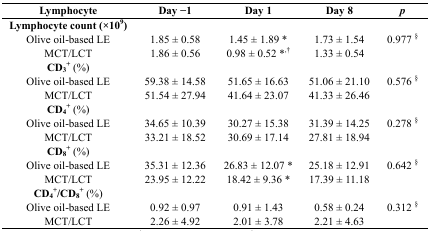
| Lymphocyte | Day −1 | Day 1 | Day 8 | p |
 | --- | --- | --- | --- | --- |
 | Lymphocyte count (×109) |  |  |  | <ROWSPAN=3> 0.977 § |
 | Olive oil-based LE | 1.85 ± 0.58 | 1.45 ± 1.89 * | 1.73 ± 1.54 |
 | MCT/LCT | 1.86 ± 0.56 | 0.98 ± 0.52 *,† | 1.33 ± 0.54 |
 | CD3+ (%) |  |  |  | <ROWSPAN=3> 0.576 § |
 | Olive oil-based LE | 59.38 ± 14.58 | 51.65 ± 16.63 | 51.06 ± 21.10 |
 | MCT/LCT | 51.54 ± 27.94 | 41.64 ± 23.07 | 41.33 ± 26.46 |
 | CD4+ (%) |  |  |  | <ROWSPAN=3> 0.278 § |
 | Olive oil-based LE | 34.65 ± 10.39 | 30.27 ± 15.38 | 31.39 ± 14.25 |
 | MCT/LCT | 33.21 ± 18.52 | 30.69 ± 17.14 | 27.81 ± 18.94 |
 | CD8+ (%) |  |  |  | <ROWSPAN=3> 0.642 § |
 | Olive oil-based LE | 35.31 ± 12.36 | 26.83 ± 12.07 * | 25.18 ± 12.91 |
 | MCT/LCT | 23.95 ± 12.22 | 18.42 ± 9.36 * | 17.39 ± 11.18 |
 | CD4+/CD8+ (%) |  |  |  | <ROWSPAN=3> 0.312 § |
 | Olive oil-based LE | 0.92 ± 0.97 | 0.91 ± 1.43 | 0.58 ± 0.24 |
 | MCT/LCT | 2.26 ± 4.92 | 2.01 ± 3.78 | 2.21 ± 4.63 |